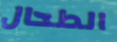
الطحال